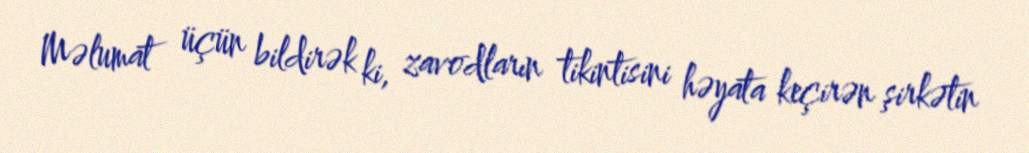
Məlumat üçün bildirək ki, zavodların tikintisini həyata keçirən şirkətin